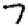
Digit: 7